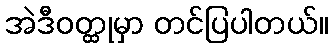
အဲဒီဝတ္ထုမှာ တင်ပြပါတယ်။